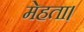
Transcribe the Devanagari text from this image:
मेहता।